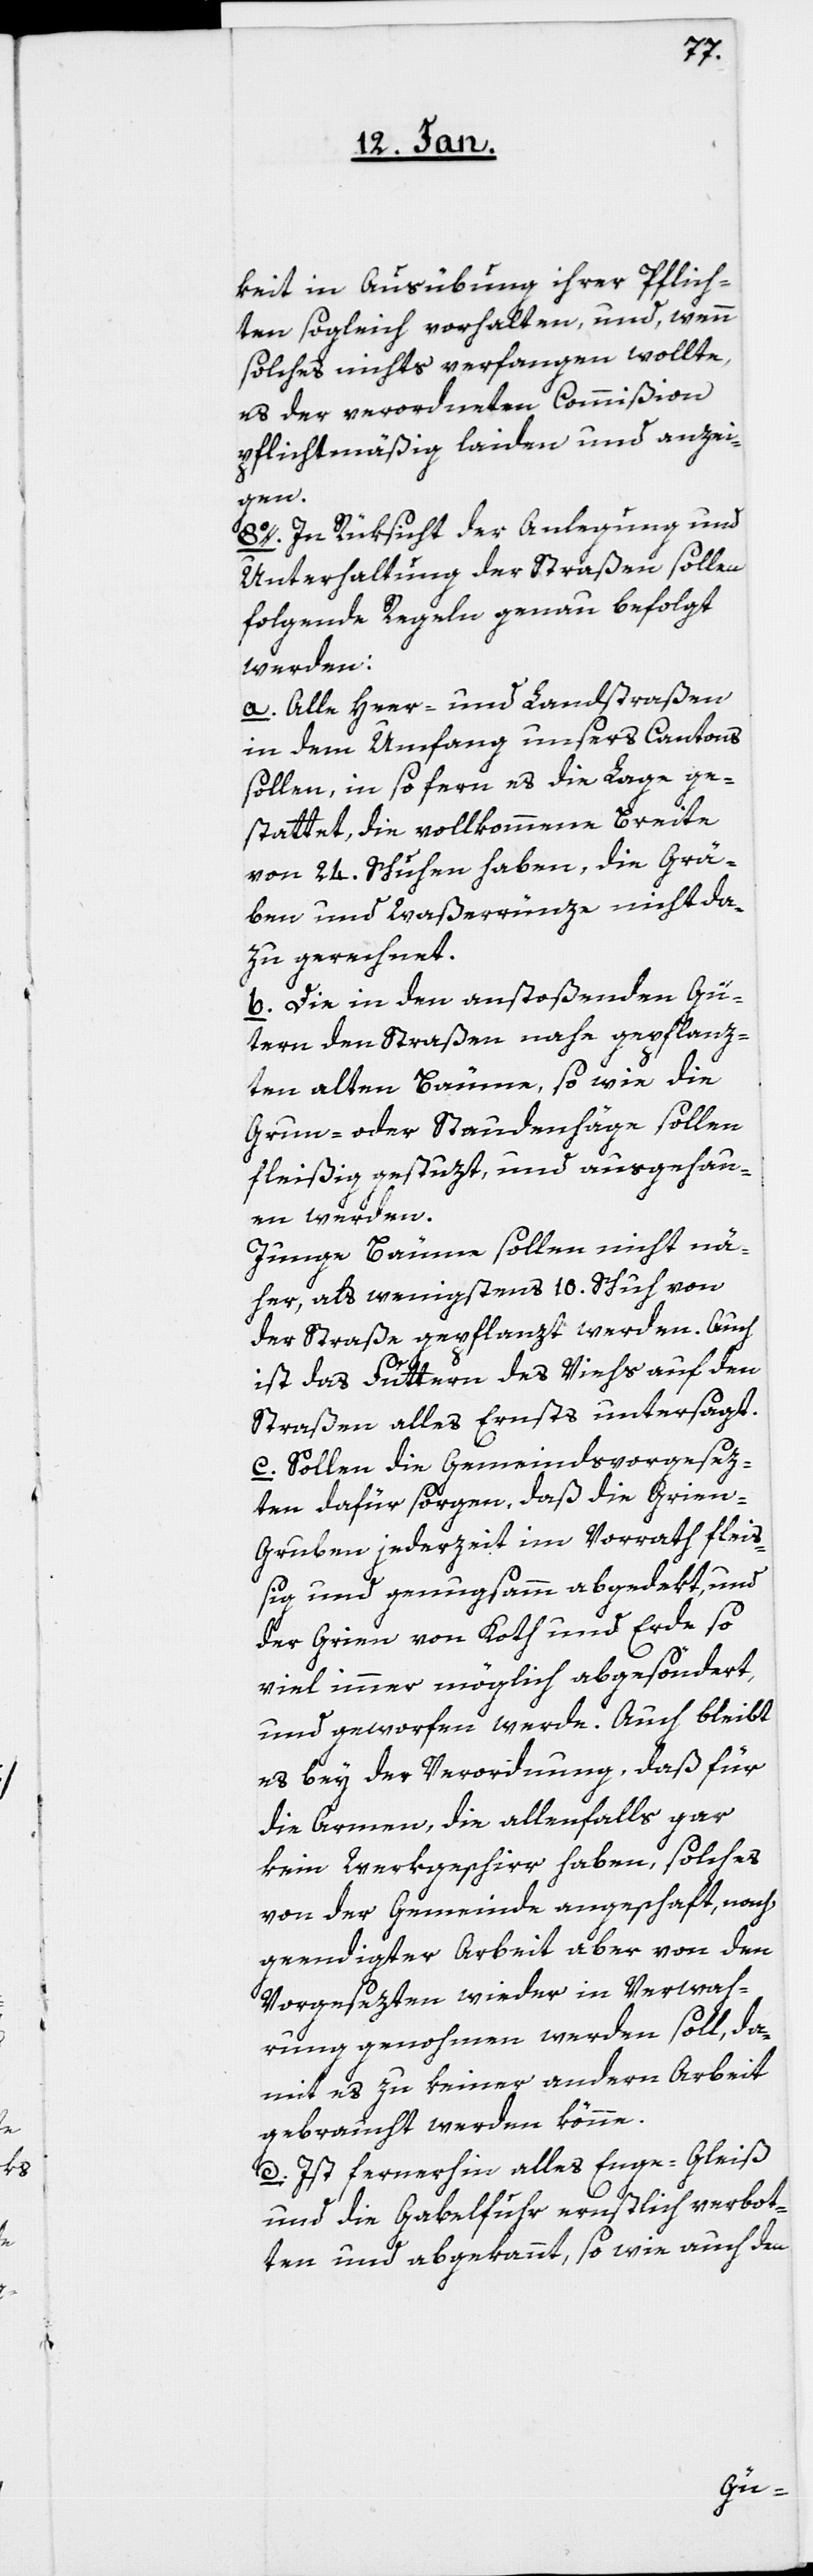
keit in Ausübung ihrer Pflich¬
ten sogleich vorhalten und wenn
solches nichts verfangen wollte,
es der verordneten Commißion
pflichtmäßig laiden und anzei¬
gen.
8o. In Rüksicht der Anlegung und
Unterhaltung der Straßen sollen
folgende Regeln genau befolgt
werden:
a. Alle Heer- und Landstraßen
in dem Umfang unsers Cantons
sollen, in so fern es die Lage ge¬
stattet, die vollkommene Breite
von 24. Schuhen haben, die Grä¬
ben und Waßerrünze nicht da¬
zu gerechnet.
b. Die in den anstoßenden Gü¬
tern der Straßen nahe gepflanz¬
ten alten Bäume, sowie die
Grun- oder Staudenhäge sollen
fleißig gestuzt, und ausgehau¬
en werden.
Junge Bäume sollen nicht nä¬
her, als wenigstens 10. Schuh von
der Straße gepflanzt werden. Auch
ist das Futtern des Viehs auf den
Straßen alles Ernsts untersagt.
c. Sollen die Gemeindsvorgesez¬
ten dafür sorgen, daß die Grien-G¬
ruben jederzeit im Vorrath flei¬
ßig und genugsamm abgedekt, und
der Grien von Koth und Erde so
viel immer möglich abgesöndert
und geworfen werde. Auch bleibt
es bey der Verordnung, daß für
die Armen, die allenfalls gar
kein Werkgeschirr haben, solches
von der Gemeinde angeschafft, nach
geendigter Arbeit aber von den
Vorgesezten wieder in Verwah¬
rung genohmen werden soll, da¬
mit es zu keiner andern Arbeit
gebraucht werden könne.
d. Ist fernerhin alles Enge-Gleiß
und die Gabelfuhr ernstlich verbot¬
ten und abgekannt, so wie auch den